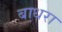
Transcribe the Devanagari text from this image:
बाधरा